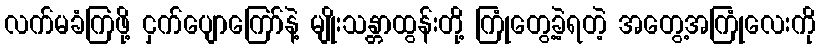
လက်မခံကြဖို့ ငှက်ပျောကြော်နဲ့ မျိုးသန္တာထွန်းတို့ ကြုံတွေ့ခဲ့ရတဲ့ အတွေ့အကြုံလေးကို